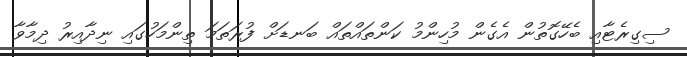
ސިގިރެޓާއި ބެހޭގޮތުން އެގެން މުހިންމު ކަންތައްތައް ބަނޑަށް ފުރަތަމަ ތިންމަހުގައި ނިދާއިރު ދިމާވާ